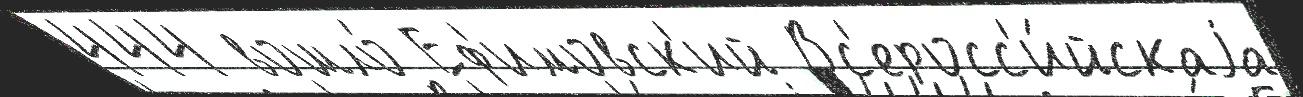
444 вошло́ Еф'имовск'ий Вс'еросс'и́йскаjа